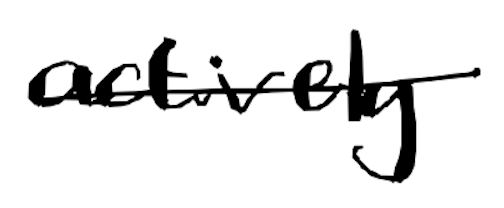
Text: actively
Cross-out: single-line
Writing tool: digital_black